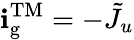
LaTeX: \mathbf{i}_{\mathrm{{g}}}^{\mathrm{{TM}}}=-\tilde{{J}}_{u}